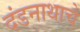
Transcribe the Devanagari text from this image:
दंडनाथाचे